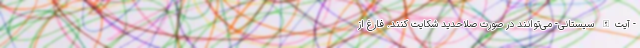
- آیت‌الله سیستانی- می‌توانند در صورت صلاحدید شکایت کنند. فارغ از